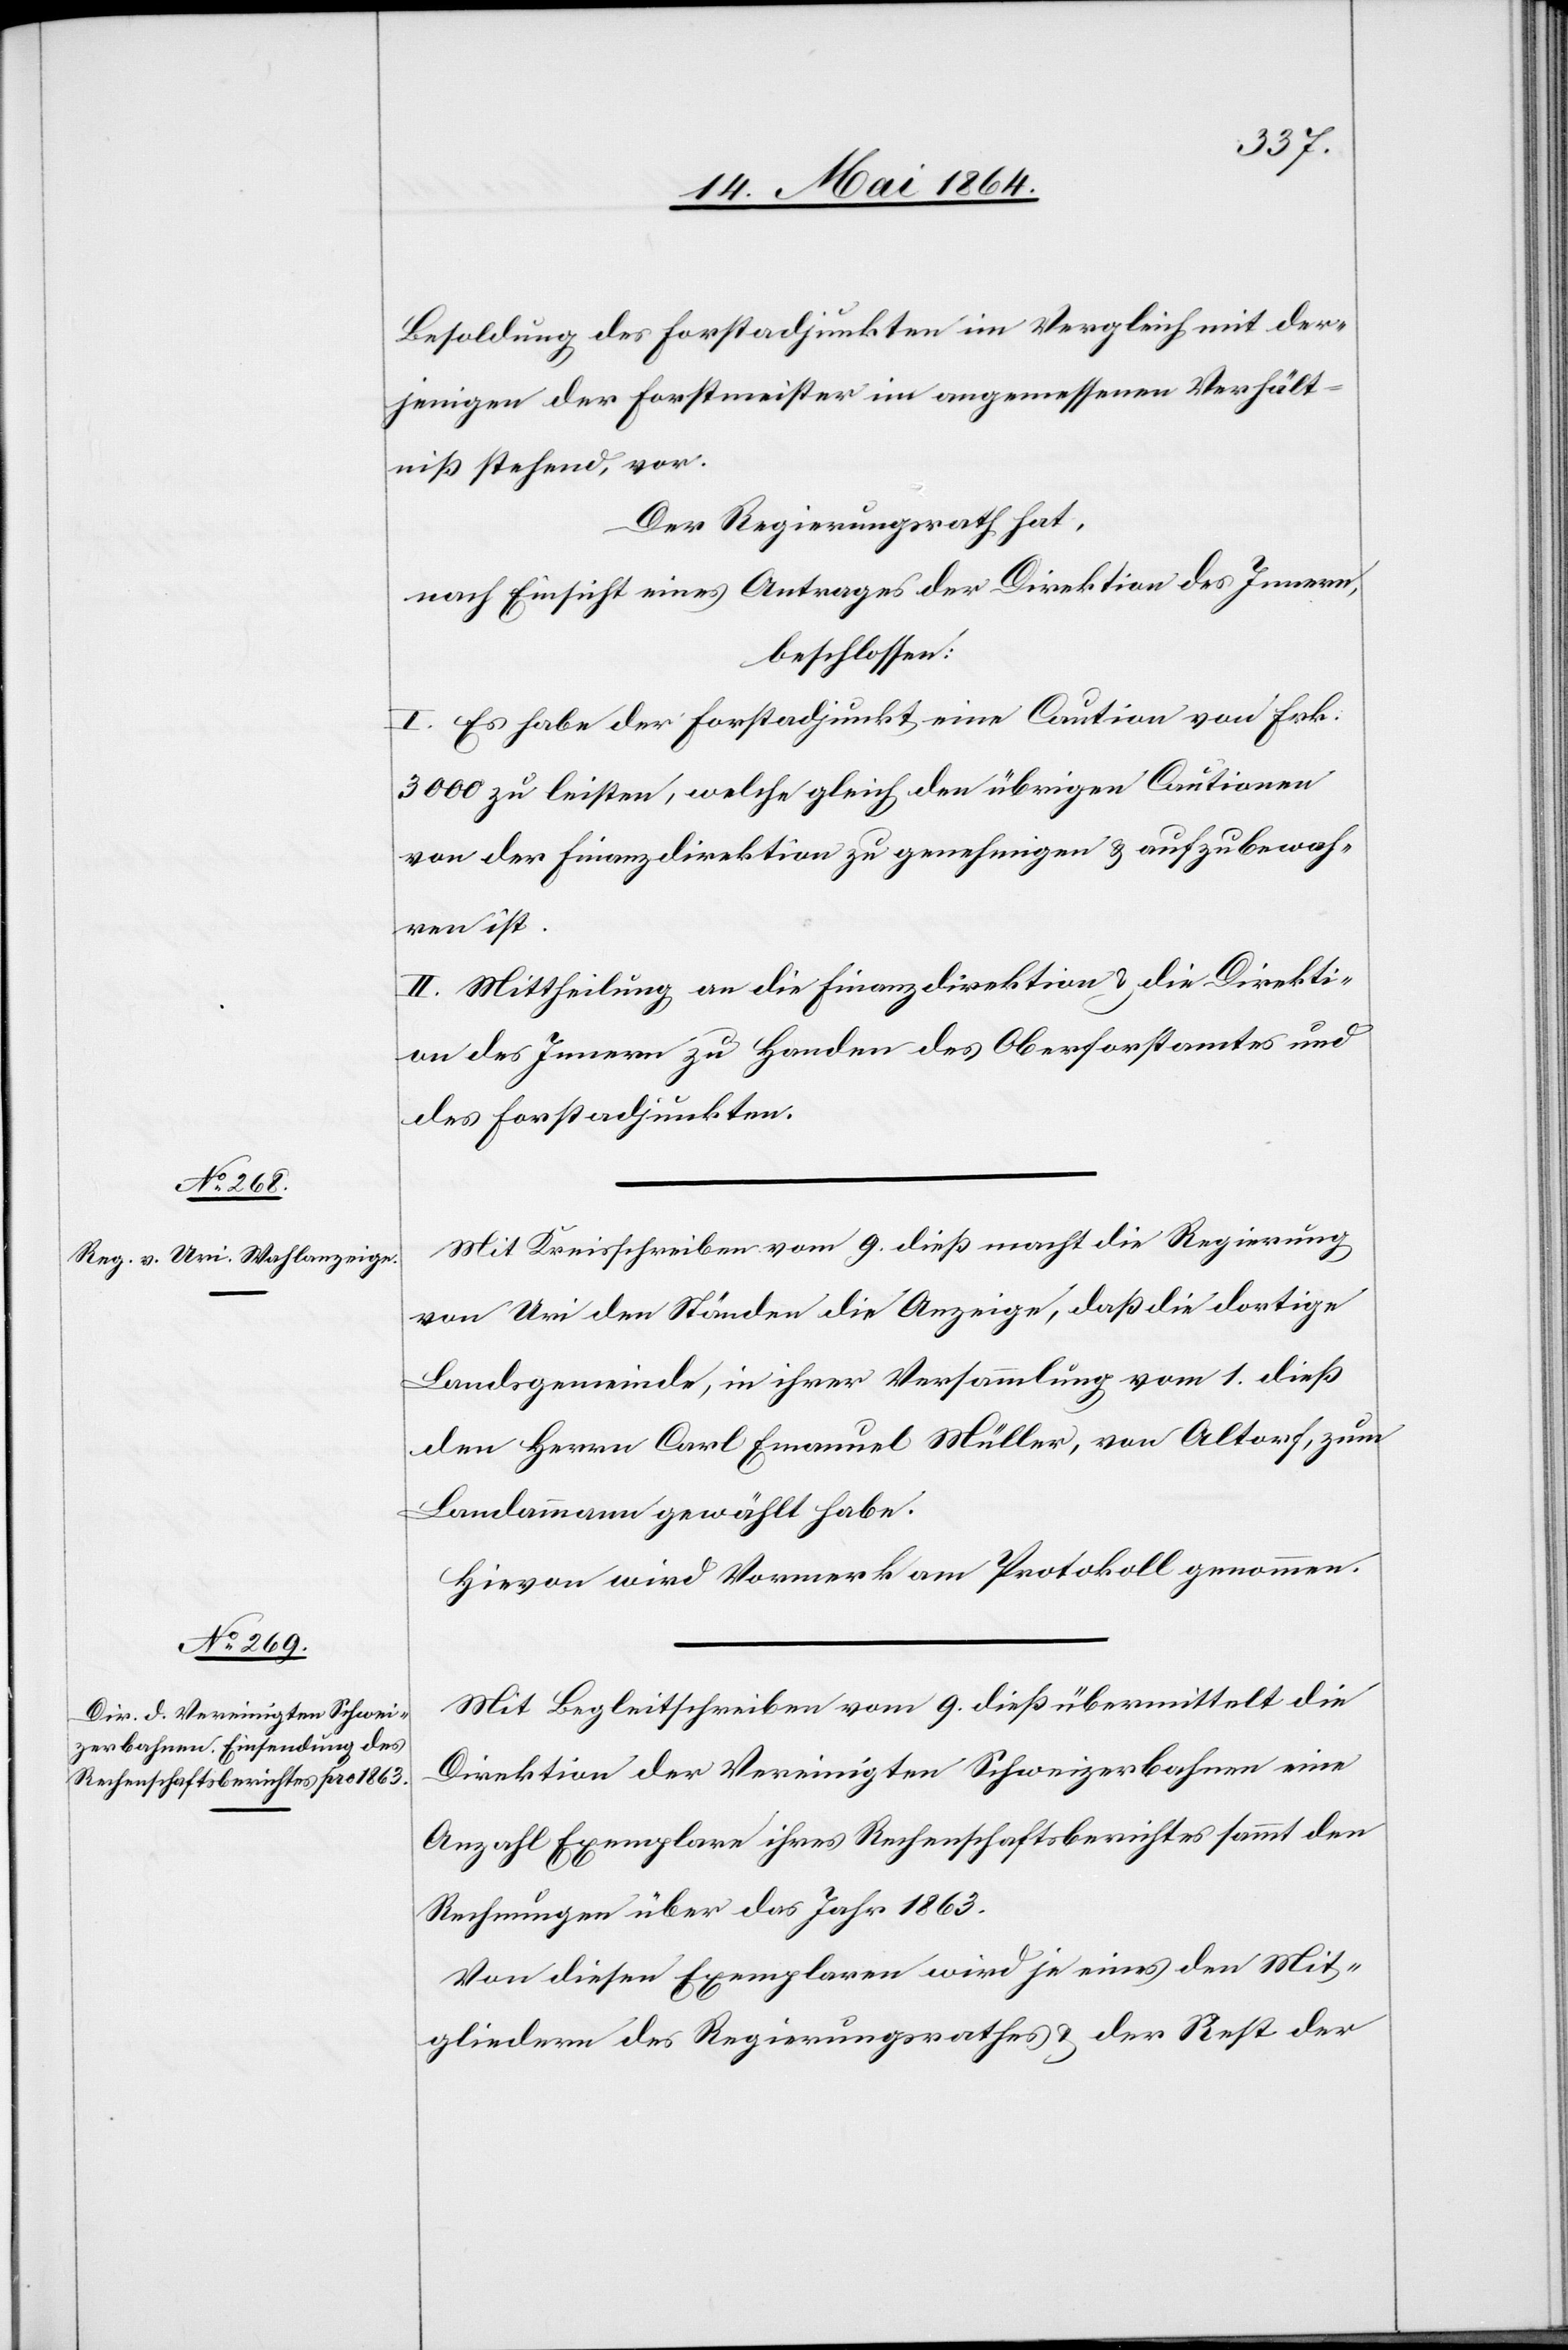
Besoldung des Forstadjunkten im Vergleich mit der¬
jenigen der Forstmeister im angemessenen Verhält¬
niß stehend, vor.
Der Regierungsrath hat,
nach Einsicht eines Antrages der Direktion des Innern,
beschlossen:
I. Es habe der Forstadjunkt eine Caution von Frk.
3000 zu leisten, welche gleich den übrigen Cautionen
von der Finanzdirektion zu genehmigen u. aufzubewah¬
ren ist.
II. Mittheilung an die Finanzdirektion u. die Direkti¬
on des Innern zu Handen des Oberforstamtes und
des Forstadjunkten.
Mit Kreisschreiben vom 9. dieß macht die Regierung
von Uri den Ständen die Anzeige, daß die dortige
Landsgemeinde, in ihrer Versammlung vom 1. dieß
den Herrn Carl Emanuel Müller, von Altorf, zum
Landammann gewählt habe.
Hievon wird Vormerk am Protokoll genommen.
Mit Begleitschreiben vom 9. dieß übermittelt die
Direktion der Vereinigten Schweizerbahnen eine
Anzahl Exemplare ihres Rechenschaftsberichtes sammt den
Rechnungen über das Jahr 1863.
Von diesen Exemplaren wird je eines den Mit¬
gliedern des Regierungsrathes u. der Rest der